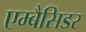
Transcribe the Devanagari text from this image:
एम्बैसिडर